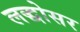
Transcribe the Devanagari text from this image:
लद्धोसर